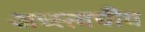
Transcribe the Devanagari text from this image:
अध्स्त्वचीय